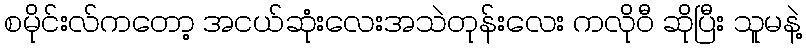
စမိုင်းလ်ကတော့ အငယ်ဆုံးလေးအသဲတုန်းလေး ကလိုဝီ ဆိုပြီး သူမနဲ့